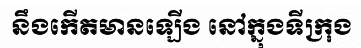
នឹងកើតមានឡើង នៅក្នុងទីក្រុង